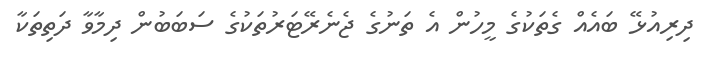
ދިރިއުޅޭ ބައެއް ގެތަކުގެ މީހުން އެ ތަނުގެ ޖެނެރޭޓަރުތަކުގެ ސަބަބުން ދިމާވާ ދަތިތަކާ